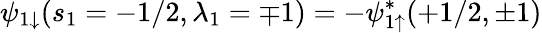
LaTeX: \psi_{1\downarrow}(s_{1}=-1/2,\lambda_{1}=\mp 1)=-\psi_{1\uparrow}^{*}(+1/2,\pm 1)